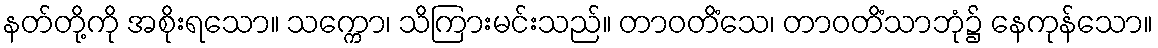
နတ်တို့ကို အစိုးရသော။ သက္ကော၊ သိကြားမင်းသည်။ တာဝတိံသေ၊ တာဝတိံသာဘုံ၌ နေကုန်သော။